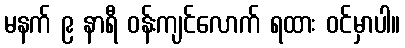
မနက် ၉ နာရီ ဝန်းကျင်လောက် ရထား ဝင်မှာပါ။